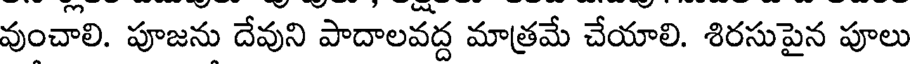
వుంచాలి. పూజను దేవుని పాదాలవద్ద మాత్రమే చేయాలి. శిరసుపైన పూలు